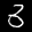
Label: 3